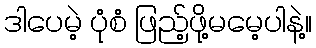
ဒါပေမဲ့ ပုံစံ ဖြည့်ဖို့မမေ့ပါနဲ့။